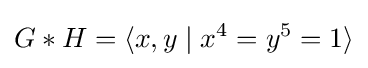
G*H=\langle x,y\mid x^{4}=y^{5}=1\rangle